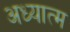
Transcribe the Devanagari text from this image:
अध्यात्‍म